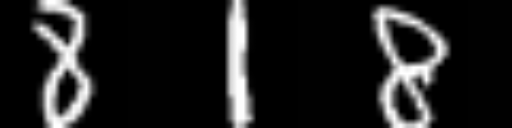
Text: 818